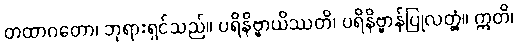
တထာဂတော၊ ဘုရားရှင်သည်။ ပရိနိဗ္ဗာယိဿတိ၊ ပရိနိဗ္ဗာန်ပြုလတ္တံ့။ ဣတိ၊